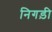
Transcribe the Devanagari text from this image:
निगड़ी